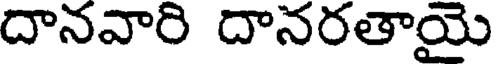
దానవారి దానరతాయై